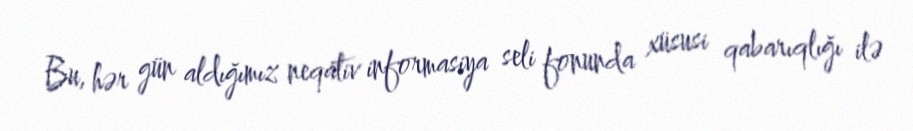
Bu, hər gün aldığımız neqativ informasiya seli fonunda xüsusi qabarıqlığı ilə